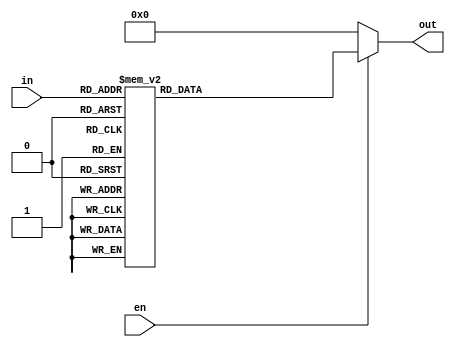
/*
    @param in 4-bit binary (0-f)
    @param out 7-bit output (active high)
    
    +--0--+
    5     1
    +--6--+
    4     2
    +--3--+
*/

module led7seg(
    input [3:0] in,
    output reg [6:0] out,
    input en
);
    always @(*) begin
        if (en) begin
        case (in)
            4'd00: out = 7'b0111111;
            4'd01: out = 7'b0000110;
            4'd02: out = 7'b1011011;
            4'd03: out = 7'b1001111;
            4'd04: out = 7'b1100110;
            4'd05: out = 7'b1101101;
            4'd06: out = 7'b1111101;
            4'd07: out = 7'b0000111;
            4'd08: out = 7'b1111111;
            4'd09: out = 7'b1101111;
            4'd10: out = 7'b1110111; // A
            4'd11: out = 7'b1111100; // b
            4'd12: out = 7'b0111001; // C
            4'd13: out = 7'b1011110; // d
            4'd14: out = 7'b1111001; // E
            4'd15: out = 7'b1110001; // F
            default: out = 7'b1001111; // inv E
        endcase
        end else out = 7'd0;
    end
endmodule